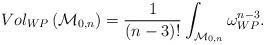
LaTeX: \begin{align*}Vol_{WP}\left({\cal M}_{0,n}\right)=\frac{1}{(n-3)!}\int_{{\cal M}_{0,n}}\omega_{WP}^{n-3}.\end{align*}